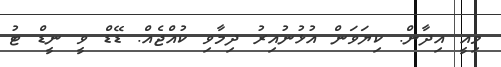
މިއީ އިދާން. ކިޔަވަން އުޅުނުއިރު ދިމާވި ކުއްޖެއް. ޑޭޑް ވީ ނީޑް ޓު